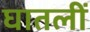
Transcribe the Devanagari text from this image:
घातलीं